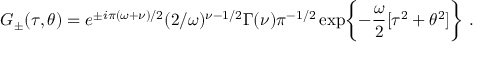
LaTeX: G _ { \pm } ( \tau , \theta ) = e ^ { \pm i \pi ( \omega + \nu ) / 2 } ( 2 / \omega ) ^ { \nu - 1 / 2 } \Gamma ( \nu ) \pi ^ { - 1 / 2 } \exp \biggl \{ - \frac { \omega } { 2 } [ \tau ^ { 2 } + \theta ^ { 2 } ] \biggr \} \ .